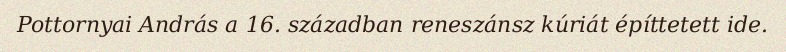
Pottornyai András a 16. században reneszánsz kúriát építtetett ide.